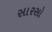
સારસો